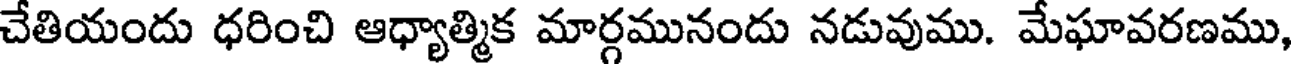
చేతియందు ధరించి ఆధ్యాత్మిక మార్గమునందు నడువుము. మేఘావరణము,